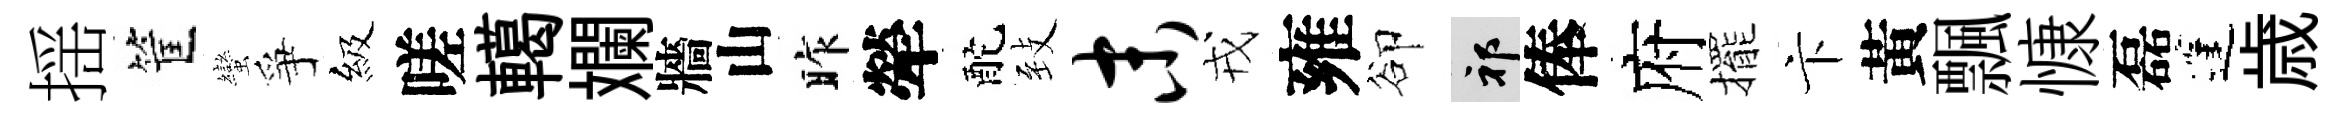
揺筐蠻爭級嗟轕斕牆山昨犖酡𦤺末戎雍卻祁俸府擺卞黃飄慷磊蓬歳